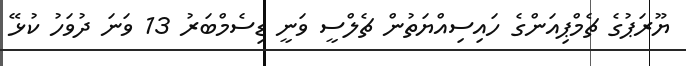
ޔޫރަޕުގެ ޗެމްޕިއަންގެ ހައިސިއްޔަތުން ޗެލްސީ ވަނީ ޑިސެމްބަރު 13 ވަނަ ދުވަހު ކުޅޭ